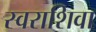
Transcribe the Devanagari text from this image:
स्वराशिवा